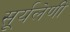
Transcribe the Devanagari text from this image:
सूर्यलेणी